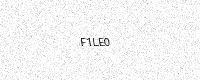
Text: F1LE0